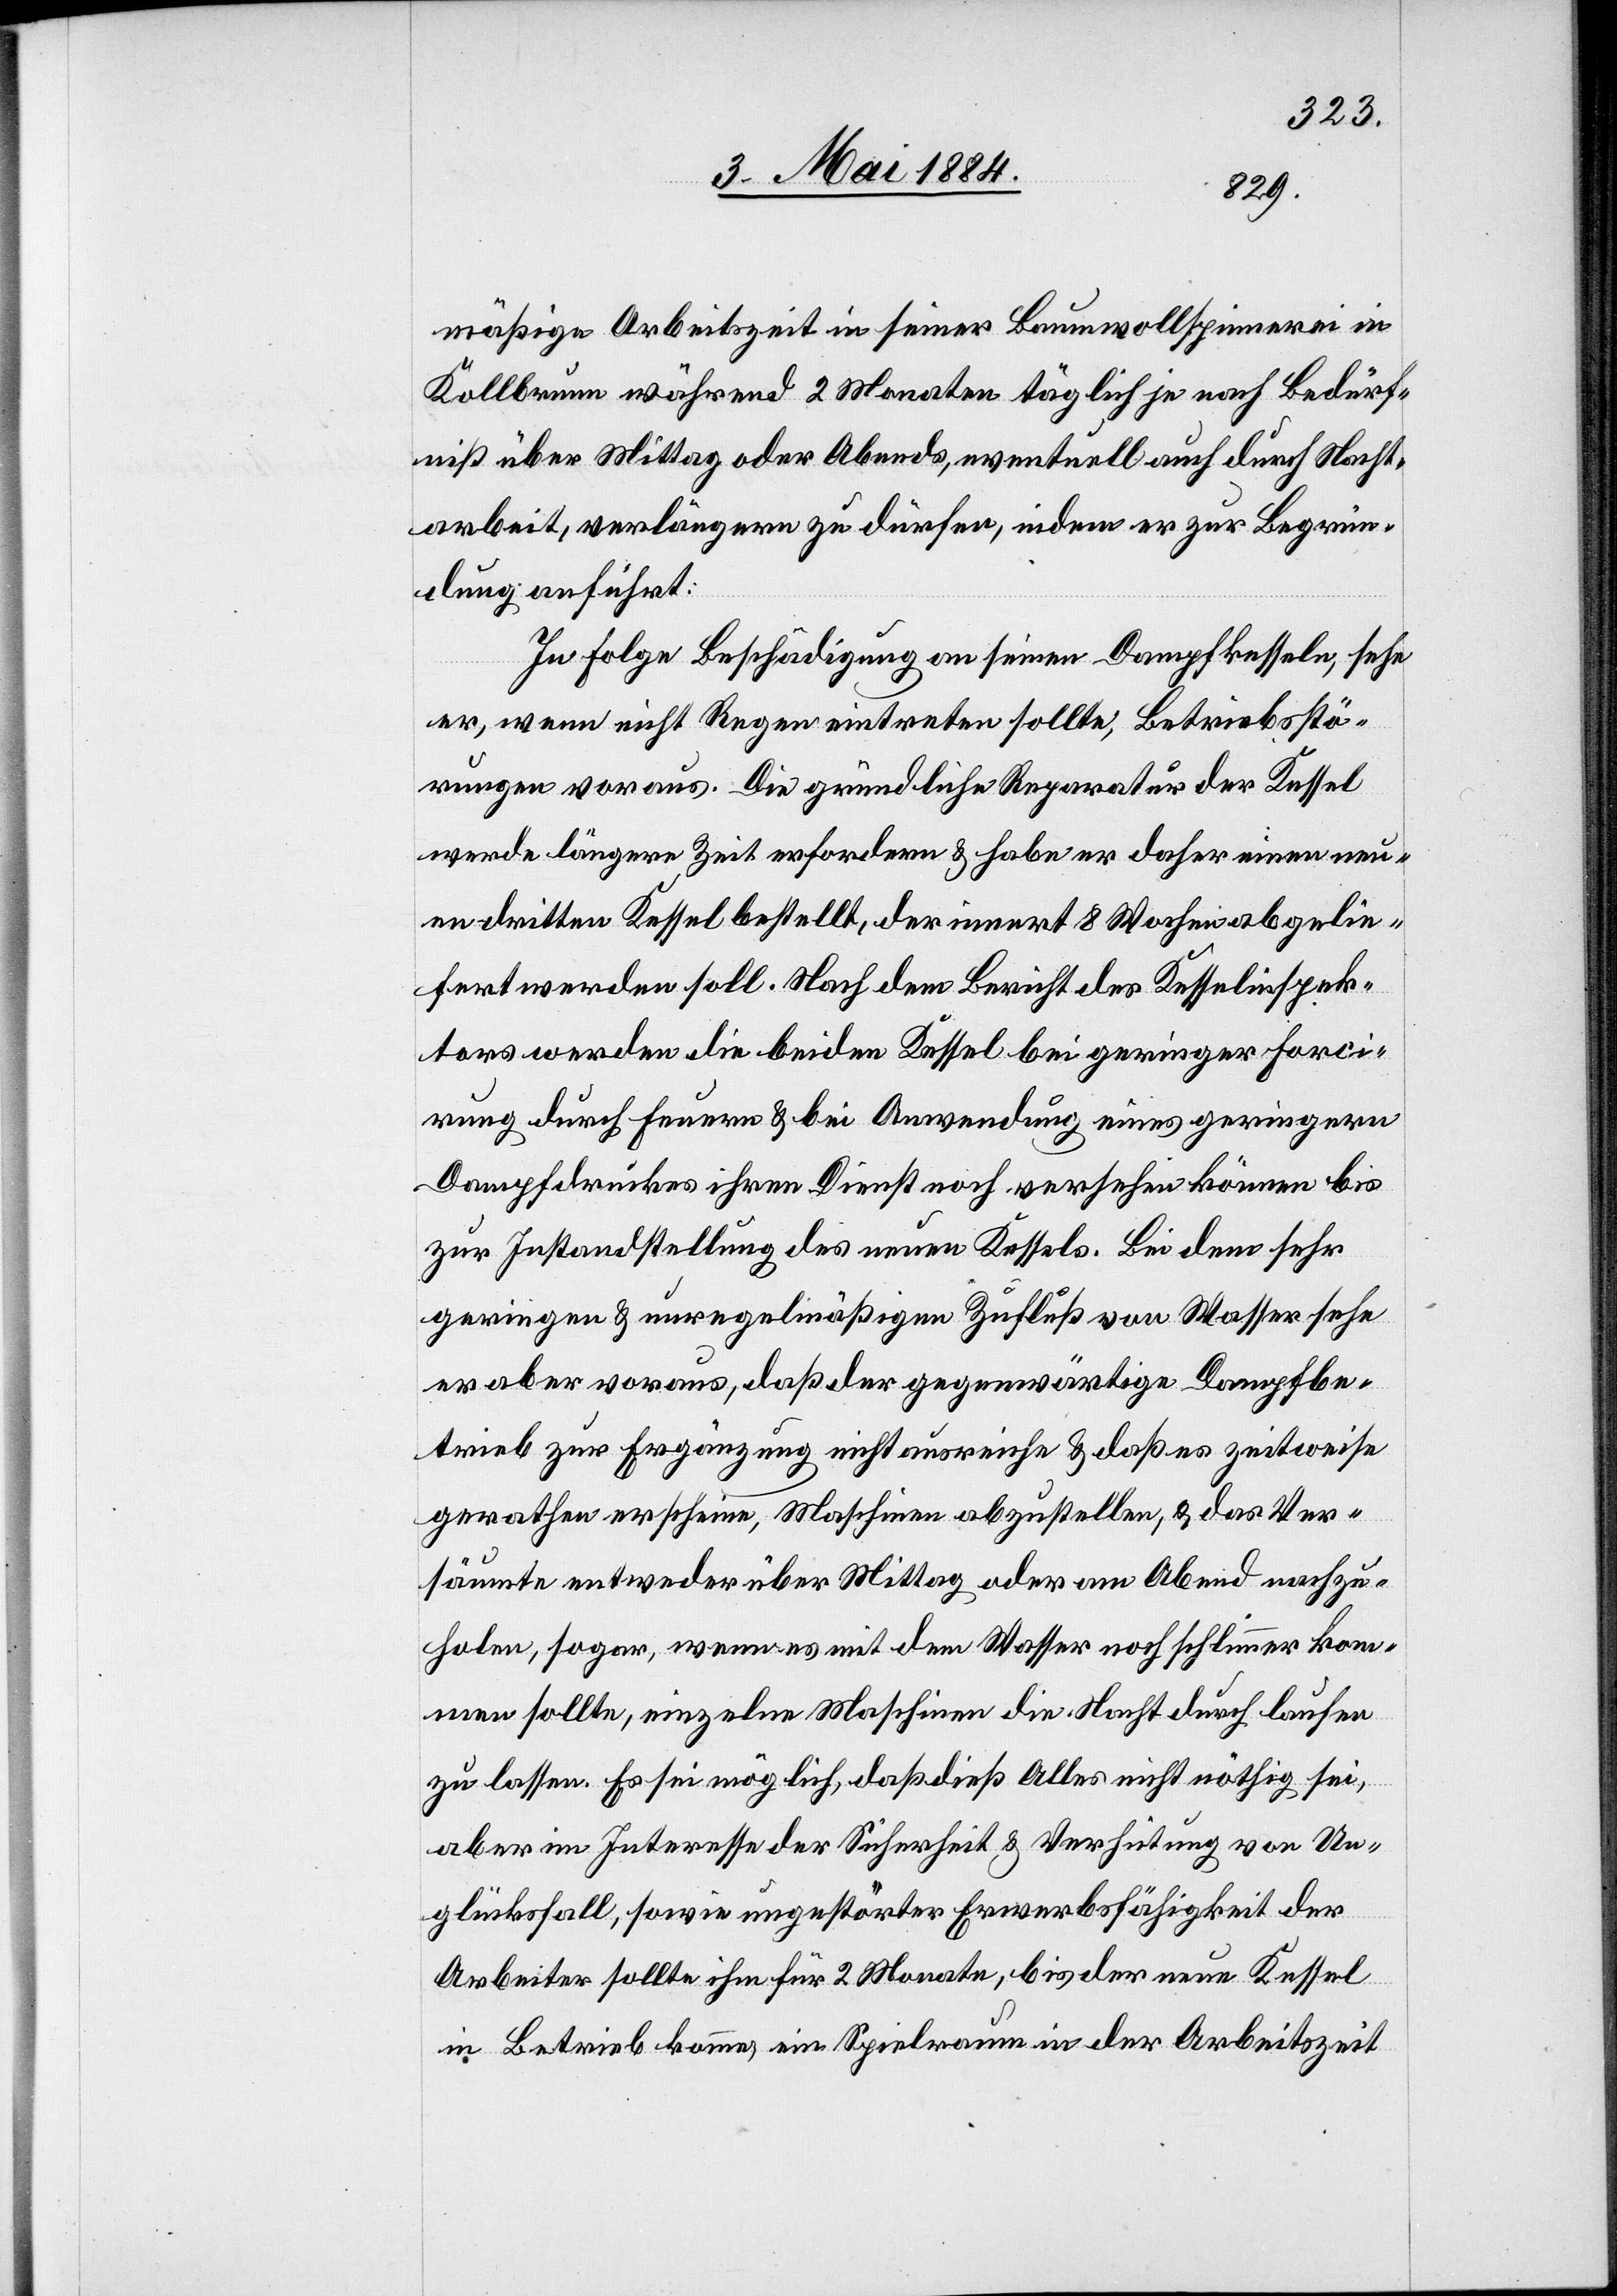
mäßige Arbeitszeit in seiner Baumwollspinnerei in
Kollbrunn während 2 Monaten täglich je nach Bedürf¬
niß über Mittag oder Abends, eventuell durch Nacht¬
arbeit, verlängern zu dürfen, indem er zur Begrün¬
dung anführt:
In Folge Beschädigung an seinen Dampfkesseln, sehe
er, wenn nicht Regen eintreten sollte, Betriebsstö¬
rungen voraus. Die gründliche Reparatur der Kessel
werde längere Zeit erfordern & habe er daher einen neu¬
en dritten Kessel bestellt, der innert 8 Wochen abgelie¬
fert werden soll. Nach dem Bericht des Kesselinspek¬
tors werden die beiden Kessel bei geringer Forci¬
rung durch feuern & bei Anwendung eines geringern
Dampfdruckes ihren Dienst noch versehen können bis
zur Instandstellung des neuen Kessels. Bei dem sehr
geringen & unregelmäßige Zufluß von Wasser sehe
er aber voraus, daß der gegenwärtige Dampfbe¬
trieb zu Ergänzung nicht ausreiche & daß es zeitweise
gerathen erscheine, Maschinen abzustellen, & das Ver¬
säumte entweder über Mittag oder am Abend nachzu¬
holen, sogar wenn es mit dem Wasser noch schlimmer kom¬
men sollte, einzelne Maschinen die Nacht durch laufen
zu lassen. Es sei möglich, daß dieß Alles nicht nöthig sei,
aber im Interesse der Sicherheit & Verhütung von Un¬
glücksfall, sowie ungestörter Erwerbsfähigkeit der
Arbeiter sollte ihm für 2 Monate, bis der neue Kessel
in Betrieb komme, ein Spielraum in der Arbeitszeit